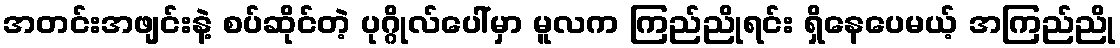
အတင်းအဖျင်းနဲ့ စပ်ဆိုင်တဲ့ ပုဂ္ဂိုလ်ပေါ်မှာ မူလက ကြည်ညိုရင်း ရှိနေပေမယ့် အကြည်ညို